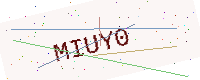
Text: MIUY0